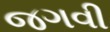
જગવી